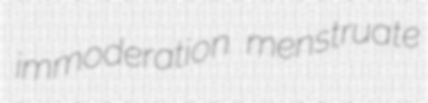
immoderation menstruate